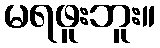
မရဖူးဘူး။